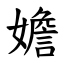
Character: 㜬